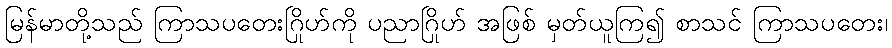
မြန်မာတို့သည် ကြာသပတေးဂြိုဟ်ကို ပညာဂြိုဟ် အဖြစ် မှတ်ယူကြ၍ စာသင် ကြာသပတေး၊